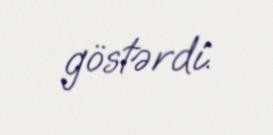
göstərdi.